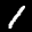
Label: 1